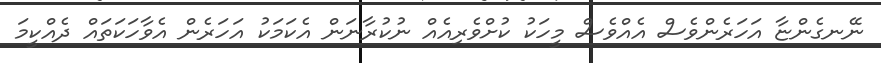
ނޭނގެންޏާ އަހަރެންވެސް އެއްވެސް މީހަކު ކުށްވެރިއެއް ނުކުރާނަން އެކަމަކު އަހަރެން އެވާހަކަތައް ދެއްކީމަ